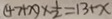
( 4 7 + x ) \times \frac { 1 } { 2 } = 1 3 + x